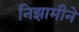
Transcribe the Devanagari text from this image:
निझामीने